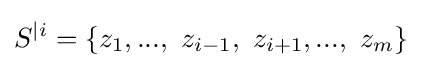
S^{|i}=\{z_{1},...,\ z_{i-1},\ z_{i+1},...,\ z_{m}\}